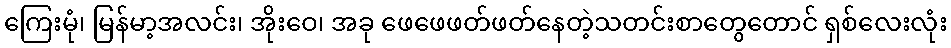
ကြေးမုံ၊ မြန်မာ့အလင်း၊ အိုးဝေ၊ အခု ဖေဖေဖတ်ဖတ်နေတဲ့သတင်းစာတွေတောင် ရှစ်လေးလုံး